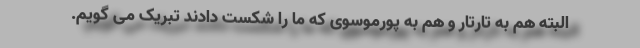
البته هم به تارتار و هم به پورموسوی که ما را شکست دادند تبریک می گویم.